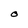
Character: O